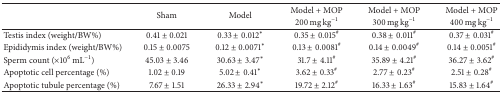
<table><thead><tr><td rowspan="2"><b> </b></td><td rowspan="2"><b>Sham</b></td><td rowspan="2"><b>Model</b></td><td><b>Model + MOP</b></td><td><b>Model + MOP</b></td><td><b>Model + MOP</b></td></tr><tr><td><b>200 mg kg<sup>−1</sup></b></td><td><b>300 mg kg<sup>−1</sup></b></td><td><b>400 mg kg<sup>−1</sup></b></td></tr></thead><tbody><tr><td>Testis index (weight/BW%)</td><td>0.41 ± 0.021</td><td>0.33 ± 0.012<sup><i>∗</i></sup></td><td>0.35 ± 0.015<sup>#</sup></td><td>0.38 ± 0.011<sup>#</sup></td><td>0.37 ± 0.031<sup>#</sup></td></tr><tr><td>Epididymis index (weight/BW%)</td><td>0.15 ± 0.0075</td><td>0.12 ± 0.0071<sup><i>∗</i></sup></td><td>0.13 ± 0.0081<sup>#</sup></td><td>0.14 ± 0.0049<sup>#</sup></td><td>0.14 ± 0.0051<sup>#</sup></td></tr><tr><td>Sperm count (×10<sup>6</sup> mL<sup>−1</sup>)</td><td>45.03 ± 3.46</td><td>30.63 ± 3.47<sup><i>∗</i></sup></td><td>31.7 ± 4.11<sup>#</sup></td><td>35.89 ± 4.21<sup>#</sup></td><td>36.27 ± 3.62<sup>#</sup></td></tr><tr><td>Apoptotic cell percentage (%)</td><td>1.02 ± 0.19</td><td>5.02 ± 0.41<sup><i>∗</i></sup></td><td>3.62 ± 0.33<sup>#</sup></td><td>2.77 ± 0.23<sup>#</sup></td><td>2.51 ± 0.28<sup>#</sup></td></tr><tr><td>Apoptotic tubule percentage (%)</td><td>7.67 ± 1.51</td><td>26.33 ± 2.94<sup><i>∗</i></sup></td><td>19.72 ± 2.12<sup>#</sup></td><td>16.33 ± 1.63<sup>#</sup></td><td>15.83 ± 1.64<sup>#</sup></td></tr></tbody></table>